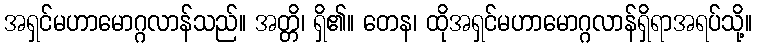
အရှင်မဟာမောဂ္ဂလာန်သည်။ အတ္တိ၊ ရှိ၏။ တေန၊ ထိုအရှင်မဟာမောဂ္ဂလာန်ရှိရာအရပ်သို့။